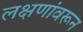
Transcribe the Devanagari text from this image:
लक्षणांवरून